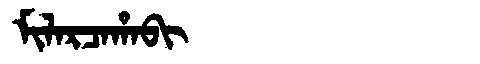
Manchu: ᠮᡳᠯᠠᡵᠴᠠᡥᠠᠪᡳ
Romanization: MILARCAHABI